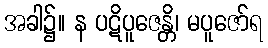
အခါ၌။ န ပဋိပူဇေန္တိ၊ မပူဇော်ရ